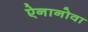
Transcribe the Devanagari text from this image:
ऐनानोवा